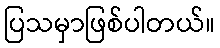
ပြသမှာဖြစ်ပါတယ်။